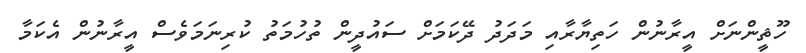
ހޫޘީންނަށް އީރާނުން ހަތިޔާރާއި މަދަދު ދޭކަމަށް ސައުދީން ތުހުމަތު ކުރިނަމަވެސް އީރާނުން އެކަމާ